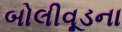
બોલીવૂડના